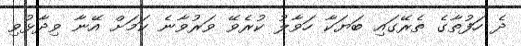
ދެ ހަފުތާގެ ތެރޭގައި ބަޔަކާ ހަވާލު ކުރެވޭ ވަރުވާނެ ކަމަށް އޭނާ ވިދާޅުވި